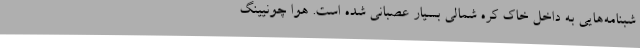
شبنامه‌هایی به داخل خاک کره شمالی بسیار عصبانی شده است. هوا چونیینگ